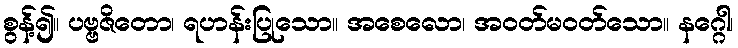
စွန့်၍။ ပဗ္ဗဇိတော၊ ရဟန်းပြုသော။ အစေလော၊ အဝတ်မဝတ်သော။ နဂ္ဂေါ၊